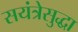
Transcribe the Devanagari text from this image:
सयंत्रेसुद्धा